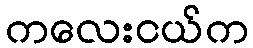
ကလေးငယ်က